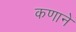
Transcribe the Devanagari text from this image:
कणाने